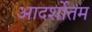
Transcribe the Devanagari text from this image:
आदर्शोतम